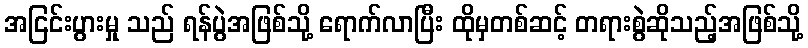
အငြင်းပွားမှု သည် ရန်ပွဲအဖြစ်သို့ ရောက်လာပြီး ထိုမှတစ်ဆင့် တရားစွဲဆိုသည့်အဖြစ်သို့